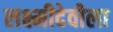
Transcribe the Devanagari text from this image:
लक्ष्मीदेवीला